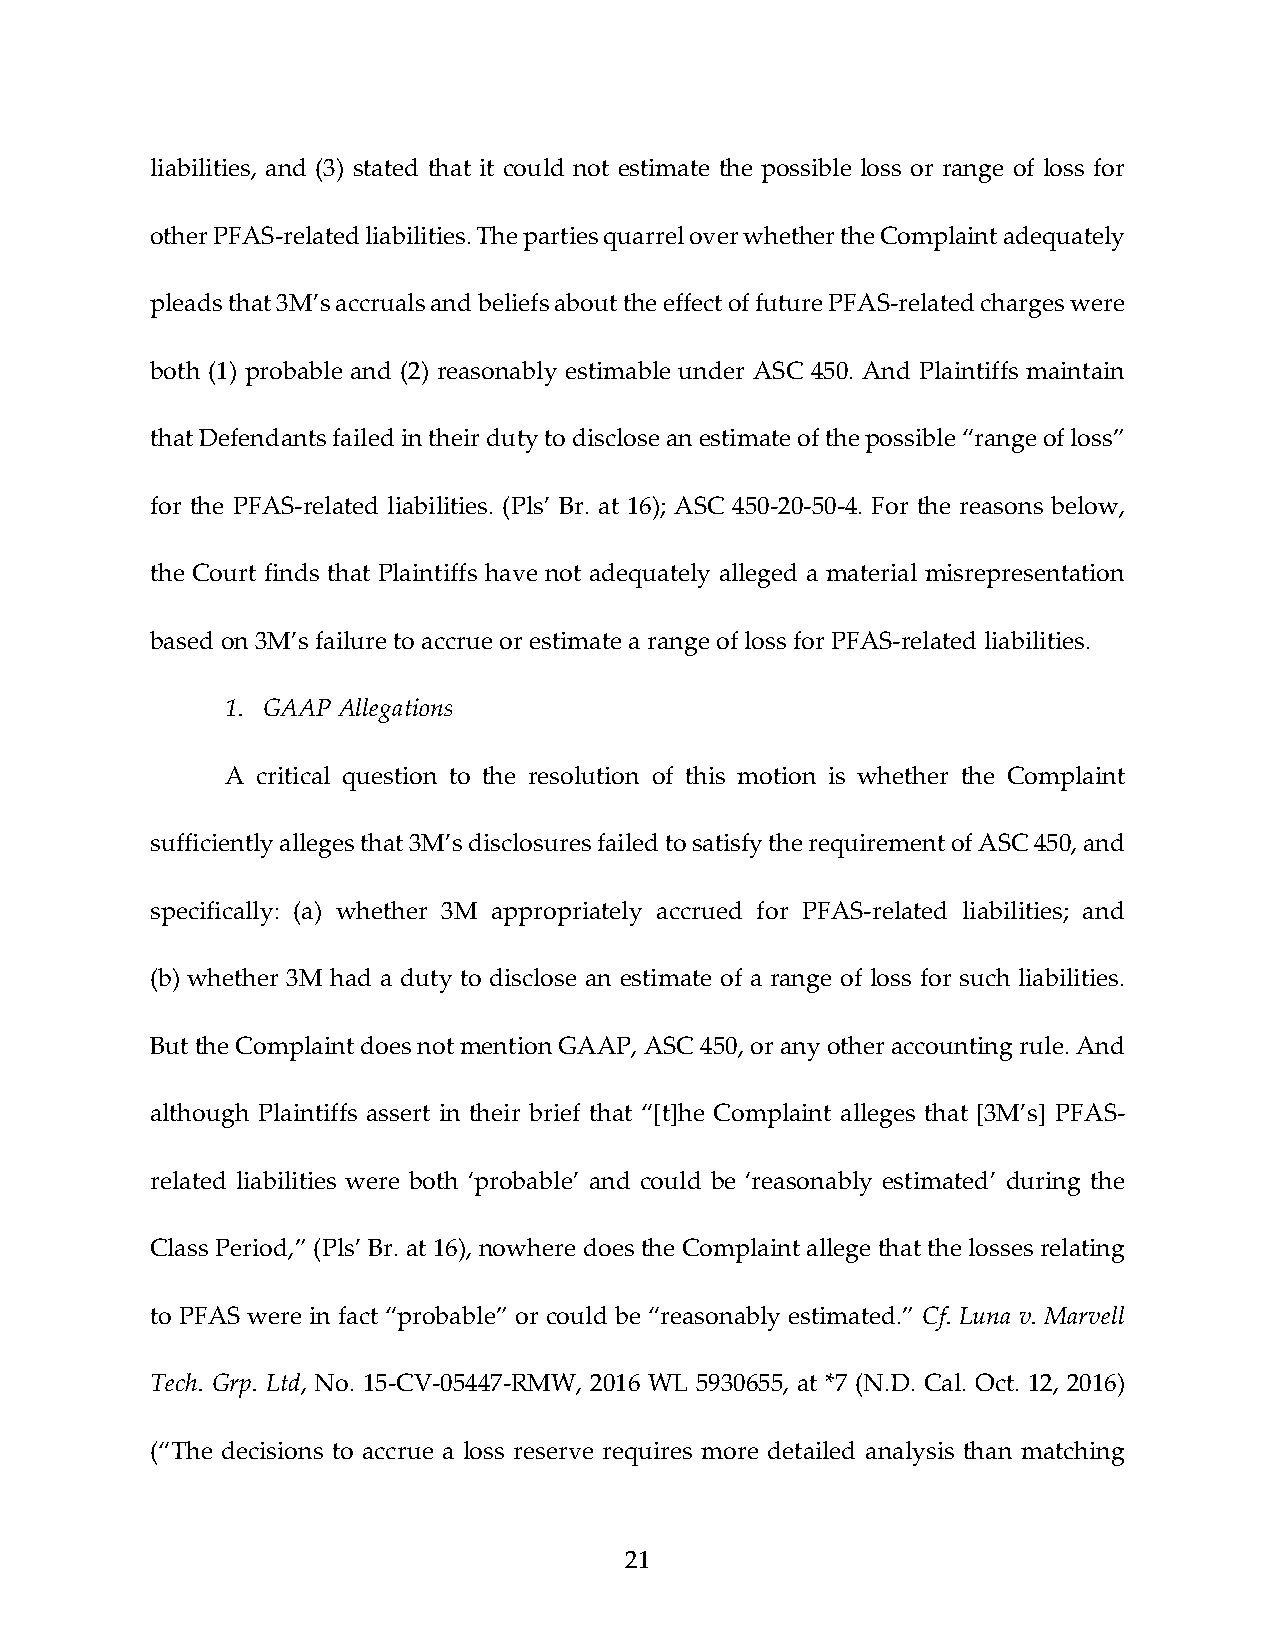
liabilities, and (3) stated that it could not estimate the possible loss or range of loss for
 other PFAS‐related liabilities. The parties quarrel over whether the Complaint adequately
 pleads that 3M’s accruals and beliefs about the effect of future PFAS‐related charges were
 both (1) probable and (2) reasonably estimable under ASC 450. And Plaintiffs maintain
 that Defendants failed in their duty to disclose an estimate of the possible “range of loss”
 for the PFAS‐related liabilities. (Pls’ Br. at 16); ASC 450‐20‐50‐4. For the reasons below,
 the Court finds that Plaintiffs have not adequately alleged a material misrepresentation
 based on 3M’s failure to accrue or estimate a range of loss for PFAS‐related liabilities.
 1. GAAP Allegations
 A critical question to the resolution of this motion is whether the Complaint
 sufficiently alleges that 3M’s disclosures failed to satisfy the requirement of ASC 450, and
 specifically: (a) whether 3M appropriately accrued for PFAS‐related liabilities; and
 (b) whether 3M had a duty to disclose an estimate of a range of loss for such liabilities.
 But the Complaint does not mention GAAP, ASC 450, or any other accounting rule. And
 although Plaintiffs assert in their brief that “[t]he Complaint alleges that [3M’s] PFAS‐
 related liabilities were both ‘probable’ and could be ‘reasonably estimated’ during the
 Class Period,” (Pls’ Br. at 16), nowhere does the Complaint allege that the losses relating
 to PFAS were in fact “probable” or could be “reasonably estimated.” Cf. Luna v. Marvell
 Tech. Grp. Ltd, No. 15‐CV‐05447‐RMW, 2016 WL 5930655, at *7 (N.D. Cal. Oct. 12, 2016)
 (“The decisions to accrue a loss reserve requires more detailed analysis than matching
 21